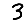
Digit: 3